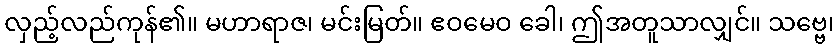
လှည့်လည်ကုန်၏။ မဟာရာဇ၊ မင်းမြတ်။ ဧဝမေဝ ခေါ၊ ဤအတူသာလျှင်။ သဗ္ဗေ၊